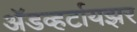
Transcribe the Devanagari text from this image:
अॅडव्हर्टायझर